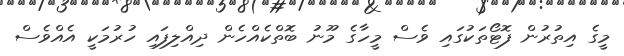
މީގެ އިތުރުން ފޮޓޯތަކުގައި ވެސް މީހާގެ މޫނު ބޮތްކެއްހެން ދިއްލިފައި ހުރުމަކީ އެއްވެސް